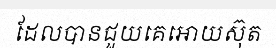
ដែលបានជួយគេអោយស៊ុត